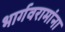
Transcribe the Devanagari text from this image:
भार्गवरामांना